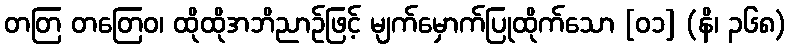
တတြ တတြေဝ၊ ထိုထိုအဘိညာဉ်ဖြင့် မျက်မှောက်ပြုထိုက်သော [၀၁] (နိ၊ ၃၆၈)